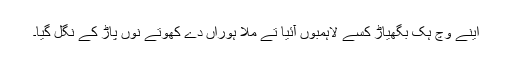
اینے وچ ہک بگھیاڑ کسے لاہمبوں آئیا تے مُلا ہوراں دے کھوتے نوں پاڑ کے نگل گیا۔